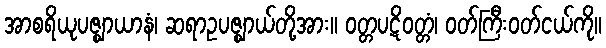
အာစရိယုပဇ္ဈာယာနံ၊ ဆရာဥပဇ္ဈာယ်တို့အား။ ဝတ္တပဋိဝတ္တံ၊ ဝတ်ကြီးဝတ်ငယ်ကို။